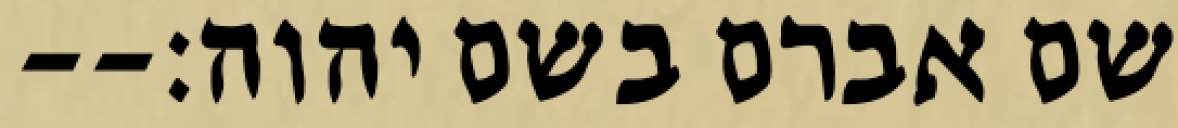
שם אברם בשם יהוה׃--